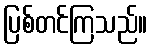
ပြစ်တင်ကြသည်။